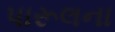
પારૂલના